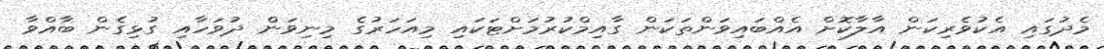
މެދުގައި އެކުވެރިކަން އާލާކޮށް އެއްބައިވަންތަކަން ގާއިމްކުރުމަށްޓަކައި މިއަހަރުގެ މިނިވަން ދުވަހާއި ގުޅިގެން ބާއްވާ